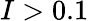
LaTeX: I>0.1